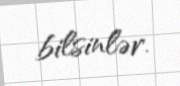
bilsinlər.